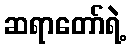
ဆရာတော်ရဲ့